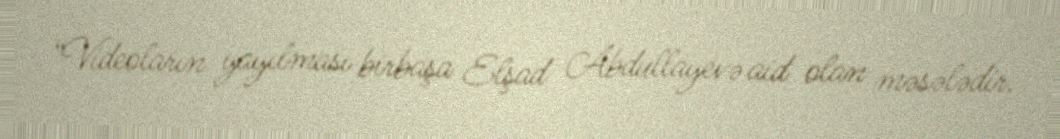
“Videoların yayılması birbaşa Elşad Abdullayevə aid olan məsələdir.